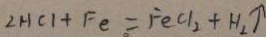
2 H C l + F e = F e C l _ { 2 } + H _ { 2 } \uparrow